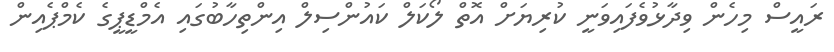
ރައީސް މިހެން ވިދާޅުވެފައިވަނީ ކުރިޔަށް އޮތް ލޯކަލް ކައުންސިލް އިންތިހާބުގައި އެމްޑީޕީގެ ކެމްޕެއިން